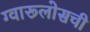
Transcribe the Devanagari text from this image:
ग्वारूलोसची